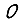
Digit: 0